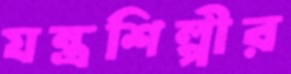
যন্ত্রশিল্পীর